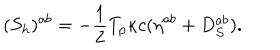
( { S } _ { h } ) ^ { a b } = { - { \frac { 1 } { 2 } } T _ { p } \kappa c } ( \eta ^ { a b } + D _ { S } ^ { a b } ) .